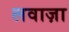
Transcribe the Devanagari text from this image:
लवाज़ा